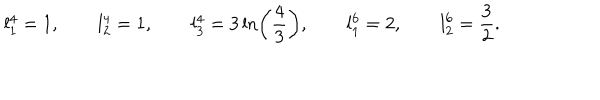
l _ { 1 } ^ { 4 } = 1 , \qquad l _ { 2 } ^ { 4 } = 1 , \qquad l _ { 3 } ^ { 4 } = 3 \ln \left( \frac { 4 } { 3 } \right) , \qquad l _ { 1 } ^ { 6 } = 2 , \qquad l _ { 2 } ^ { 6 } = \frac { 3 } { 2 } .